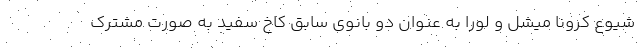
شیوع کرونا میشل و لورا به عنوان دو بانوی سابق کاخ سفید به صورت مشترک